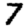
Digit: 7